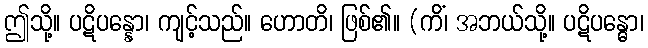
ဤသို့။ ပဋိပန္နော၊ ကျင့်သည်။ ဟောတိ၊ ဖြစ်၏။ (ကိံ၊ အဘယ်သို့။ ပဋိပန္ဓော၊